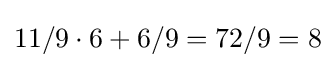
11/9\cdot 6+6/9=72/9=8